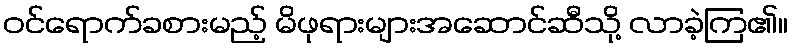
ဝင်ရောက်ခစားမည့် မိဖုရားများအဆောင်ဆီသို့ လာခဲ့ကြ၏။